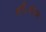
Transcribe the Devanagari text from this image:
चौ॰चरण